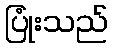
ပြုံးသည်